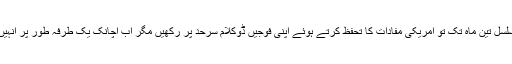
بھارت نے مسلسل تین ماہ تک تو امریکی مفادات کا تحفظ کرتے ہوئے اپنی فوجیں ڈوکلام سرحد پر رکھیں مگر اب اچانک یک طرفہ طور پر انہیں واپس بلوا لیا۔